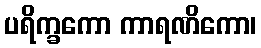
ပရိက္ခကော ကာရဏိကော၊